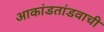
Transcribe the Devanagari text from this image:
आकांडतांडवाची